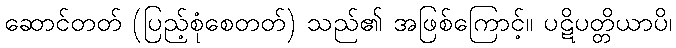
ဆောင်တတ် (ပြည့်စုံစေတတ်) သည်၏ အဖြစ်ကြောင့်။ ပဋိပတ္တိယာပိ၊